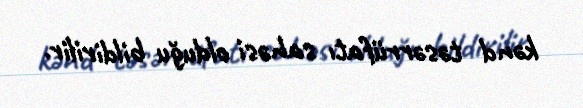
kənd təsərrüfatı sahəsi olduğu bildirilir.